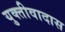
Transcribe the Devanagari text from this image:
युक्तीवादास